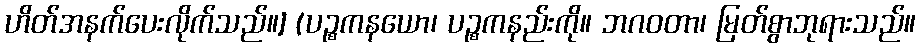
ဟိတ်အနက်ပေးလိုက်သည်။] (ပဉ္စကနယော၊ ပဉ္စကနည်းကို။ ဘဂဝတာ၊ မြတ်စွာဘုရားသည်။